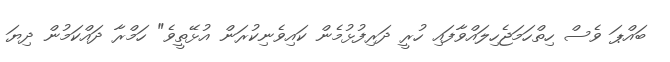
ބައްޕަ ވެސް ހިތްހަމަޖެހިލައްވާފައި ހުރީ ދަރިފުޅުމެން ކައިވެނިކުރަން އުޅޭތީވެ" ހަމްރާ ދައްކަމުން ދިޔަ